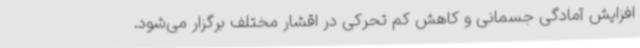
افزایش آمادگی جسمانی و کاهش کم تحرکی در اقشار مختلف برگزار می‌شود.